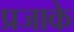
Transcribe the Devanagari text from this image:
प्रजाके